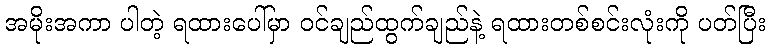
အမိုးအကာ ပါတဲ့ ရထားပေါ်မှာ ဝင်ချည်ထွက်ချည်နဲ့ ရထားတစ်စင်းလုံးကို ပတ်ပြီး